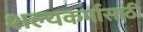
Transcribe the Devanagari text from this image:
शल्यकर्मासाठी